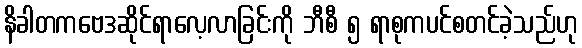
နိခါတကဗေဒဆိုင်ရာလေ့လာခြင်းကို ဘီစီ ၅ ရာစုကပင်စတင်ခဲ့သည်ဟု